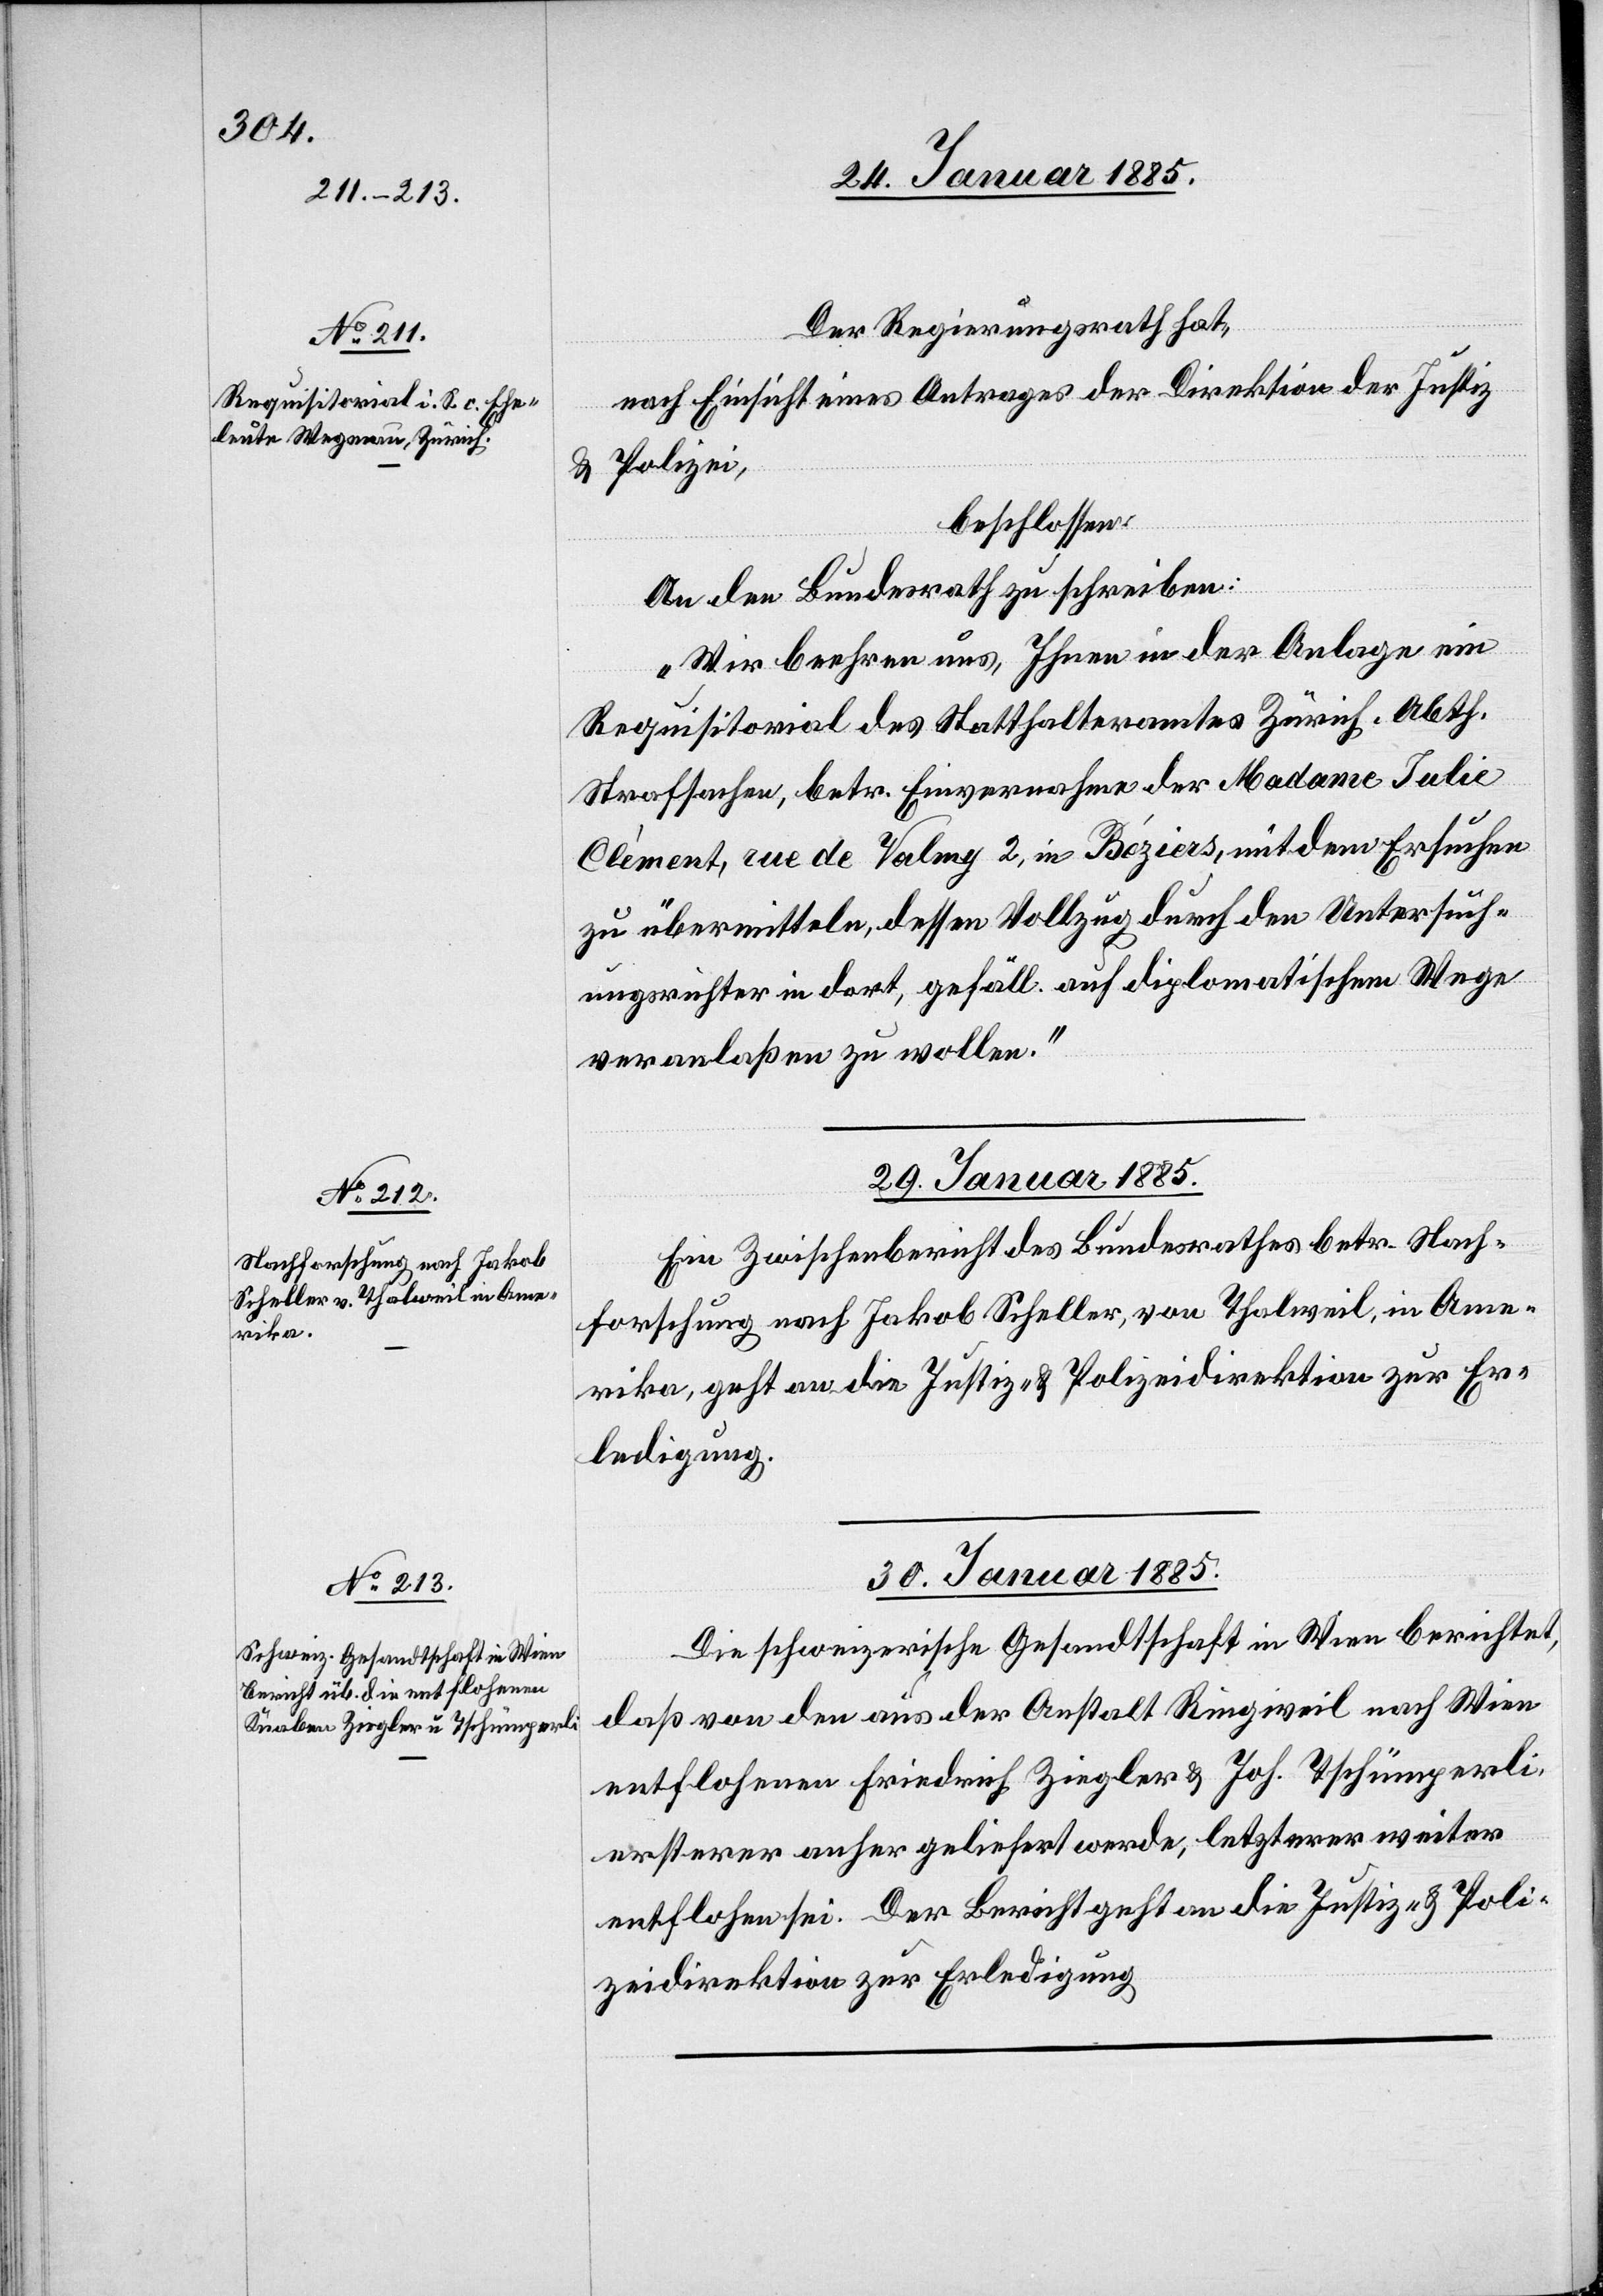
28. Januar 1885.]
Der Regierungsrath hat,
nach Einsicht eines Antrages der Direktion der Justiz
& Polizei,
beschlossen:
An den Bundesrath zu schreiben:
„Wir beehren uns, Ihnen in der Anlage ein
Requisitorial des Statthalteramtes Zürich, Abth.
Strafsachen, betr. Einvernahme der Madame Julie
Clément, rue de Valmy 2, in Béziers, mit dem Ersuchen
zu übermitteln, dessen Vollzug durch den Untersuch¬
ungsrichter in dort, gefäll. auf diplomatischem Wege
veranlaßen zu wollen.“
29. Januar 1885.
Ein Zwischenbericht des Bundesrathes betr. Nach¬
forschung nach Jakob Scheller, von Thalweil, in Ame¬
rika, geht an die Justiz- & Polizeidirektion zur Er¬
ledigung.
30. Januar 1885.
Die schweizerische Gesandtschaft in Wien berichtet,
daß von den aus der Anstalt Ringweil nach Wien
entflohenen Friedrich Ziegler & Joh. Tschümperli,
ersterer anher geliefert werde, letzterer weiter
entflohen sei. Der Bericht geht an die Justiz- & Poli¬
zeidirektion zur Erledigung.